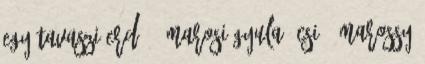
Egy tavaszi erdő 1 MAROSI GYULA Öcsi 1 Marossy